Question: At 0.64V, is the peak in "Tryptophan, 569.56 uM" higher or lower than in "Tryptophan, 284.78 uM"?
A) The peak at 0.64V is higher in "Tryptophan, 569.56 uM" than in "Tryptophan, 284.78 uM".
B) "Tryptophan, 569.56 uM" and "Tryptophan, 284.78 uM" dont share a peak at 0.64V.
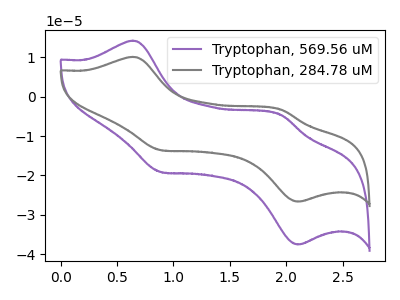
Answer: <think>The purple curve "Tryptophan, 569.56 uM" has anodic peaks at (0.65V, 14.15uA) (1.95V, -4.70uA) and cathodic peaks at (0.90V, -19.10uA) (2.10V, -37.50uA). The gray curve "Tryptophan, 284.78 uM" has anodic peaks at (0.65V, 10.05uA) (1.95V, -3.35uA) and cathodic peaks at (0.90V, -13.55uA) (2.10V, -26.65uA).</think>
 <answer>A) The peak at 0.64V is higher in "Tryptophan, 569.56 uM" than in "Tryptophan, 284.78 uM".</answer>
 <eval>A</eval>